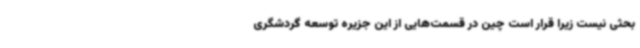
بحثی نیست زیرا قرار است چین در قسمت‌هایی از این جزیره توسعه گردشگری